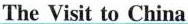
The Visit to China